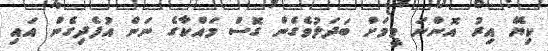
ކިޔޭ އިރު އޮންނަ މީމަށް ބަދަލުވެގެން ގޮސް މައްކާގެ ނަން އުފެދިގެން އައި